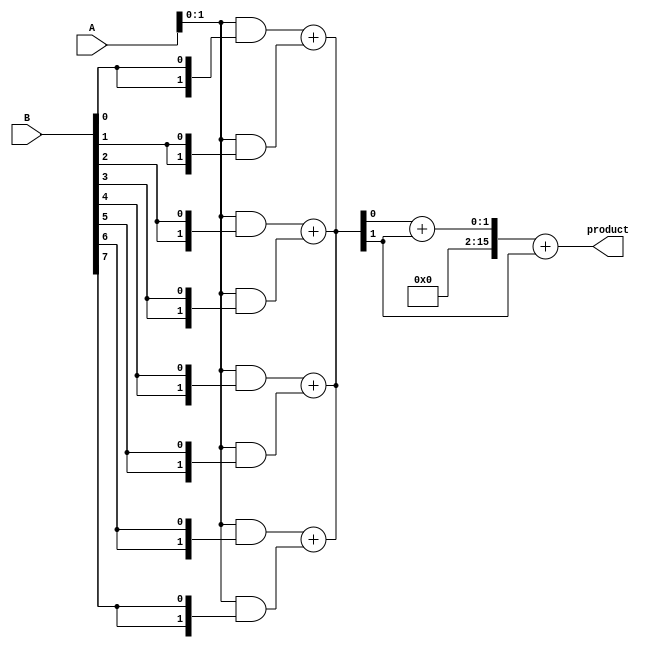
module wallace_tree_multiplier #(parameter A_WIDTH = 8, B_WIDTH = 8)(
    input [A_WIDTH-1:0] A,
    input [B_WIDTH-1:0] B,
    output reg [A_WIDTH + B_WIDTH - 1:0] product
);

    // Step 1: Generate Partial Products
    wire [A_WIDTH-1:0] pp[B_WIDTH-1:0]; // Partial products

    generate
        genvar i, j;
        for (i = 0; i < B_WIDTH; i = i + 1) begin : partial_product_gen
            assign pp[i] = A & {A_WIDTH{B[i]}}; // ANDing each bit of A with each bit of B
        end
    endgenerate

    // Step 2: Wallace Tree Reduction
    wire [A_WIDTH + B_WIDTH - 1:0] sum[2:0]; // Sums at each stage
    wire [A_WIDTH + B_WIDTH - 1:0] carry[2:0]; // Carries at each stage
    
    // Initial stage (partial products)
    assign sum[0] = {pp[0], 1'b0}; // First partial product, shifted
    assign carry[0] = 0;

    // Wallace tree reduction (2 levels)
    genvar level;
    for (level = 0; level < 2; level = level + 1) begin : reduction_stage
        wire [A_WIDTH + B_WIDTH - 1:0] temp_sum;
        wire [A_WIDTH + B_WIDTH - 1:0] temp_carry;

        for (i = 0; i < (B_WIDTH + 1) / 2; i = i + 1) begin : adders
            if (i * 2 + 1 < B_WIDTH) begin
                // Full Adder
                wire sum1, carry1, carry2;
                assign {carry1, sum1} = pp[i * 2] + pp[i * 2 + 1];
                assign temp_sum = sum1;
                assign temp_carry = carry1;
            end else begin
                // Half Adder
                assign temp_sum = pp[i * 2];
                assign temp_carry = 0;
            end
        end

        // Assign the sums and carries to the next stage
        assign sum[level + 1] = temp_sum + (level == 0 ? sum[0] : carry[level]);
        assign carry[level + 1] = temp_carry;
    end

    // Final addition
    always @(*) begin
        product = sum[2] + carry[2];
    end

endmodule